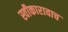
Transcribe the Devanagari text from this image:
स्वीकारावाच